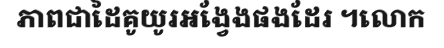
ភាពជាដៃគូយូរអង្វែងផងដែរ ។លោក